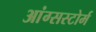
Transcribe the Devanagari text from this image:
आंग्सस्टोर्म